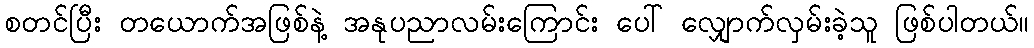
စတင်ပြီး တယောက်အဖြစ်နဲ့ အနုပညာလမ်းကြောင်း ပေါ် လျှောက်လှမ်းခဲ့သူ ဖြစ်ပါတယ်။